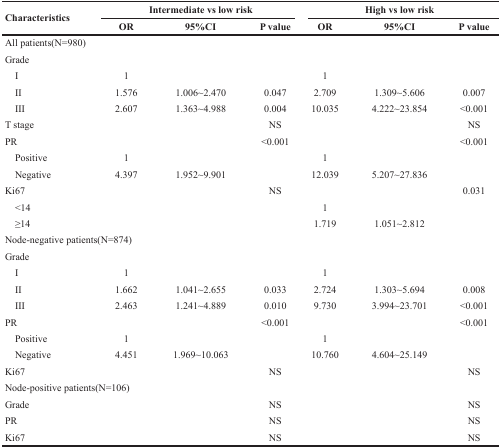
<table><thead><tr><td rowspan="2"><b>Characteristics</b></td><td colspan="3"><b>Intermediate vs low risk</b></td><td colspan="3"><b>High vs low risk</b></td></tr><tr><td><b>OR</b></td><td><b>95%CI</b></td><td><b>P value</b></td><td><b>OR</b></td><td><b>95%CI</b></td><td><b>P value</b></td></tr></thead><tbody><tr><td colspan="7">All patients(N=980)</td></tr><tr><td>Grade</td><td></td><td></td><td></td><td></td><td></td><td></td></tr><tr><td> I</td><td>1</td><td></td><td></td><td>1</td><td></td><td></td></tr><tr><td> II</td><td>1.576</td><td>1.006~2.470</td><td>0.047</td><td>2.709</td><td>1.309~5.606</td><td>0.007</td></tr><tr><td> III</td><td>2.607</td><td>1.363~4.988</td><td>0.004</td><td>10.035</td><td>4.222~23.854</td><td>&lt;0.001</td></tr><tr><td>T stage</td><td></td><td></td><td>NS</td><td></td><td></td><td>NS</td></tr><tr><td>PR</td><td></td><td></td><td>&lt;0.001</td><td></td><td></td><td>&lt;0.001</td></tr><tr><td> Positive</td><td>1</td><td></td><td></td><td>1</td><td></td><td></td></tr><tr><td> Negative</td><td>4.397</td><td>1.952~9.901</td><td></td><td>12.039</td><td>5.207~27.836</td><td></td></tr><tr><td>Ki67</td><td></td><td></td><td>NS</td><td></td><td></td><td>0.031</td></tr><tr><td> &lt;14</td><td></td><td></td><td></td><td>1</td><td></td><td></td></tr><tr><td> ≥14</td><td></td><td></td><td></td><td>1.719</td><td>1.051~2.812</td><td></td></tr><tr><td colspan="7">Node-negative patients(N=874)</td></tr><tr><td>Grade</td><td></td><td></td><td></td><td></td><td></td><td></td></tr><tr><td> I</td><td>1</td><td></td><td></td><td>1</td><td></td><td></td></tr><tr><td> II</td><td>1.662</td><td>1.041~2.655</td><td>0.033</td><td>2.724</td><td>1.303~5.694</td><td>0.008</td></tr><tr><td> III</td><td>2.463</td><td>1.241~4.889</td><td>0.010</td><td>9.730</td><td>3.994~23.701</td><td>&lt;0.001</td></tr><tr><td>PR</td><td></td><td></td><td>&lt;0.001</td><td></td><td></td><td>&lt;0.001</td></tr><tr><td> Positive</td><td>1</td><td></td><td></td><td>1</td><td></td><td></td></tr><tr><td> Negative</td><td>4.451</td><td>1.969~10.063</td><td></td><td>10.760</td><td>4.604~25.149</td><td></td></tr><tr><td>Ki67</td><td></td><td></td><td>NS</td><td></td><td></td><td>NS</td></tr><tr><td colspan="7">Node-positive patients(N=106)</td></tr><tr><td>Grade</td><td></td><td></td><td>NS</td><td></td><td></td><td>NS</td></tr><tr><td>PR</td><td></td><td></td><td>NS</td><td></td><td></td><td>NS</td></tr><tr><td>Ki67</td><td></td><td></td><td>NS</td><td></td><td></td><td>NS</td></tr></tbody></table>